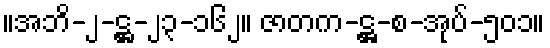
။အဘိ-၂-ဋ္ဌ-၂၃-၁၆၂။ ဇာတက-ဋ္ဌ-စ-အုပ်-၅၀၁။